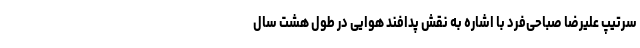
سرتیپ علیرضا صباحی‌فرد با اشاره به نقش پدافند هوایی در طول هشت سال